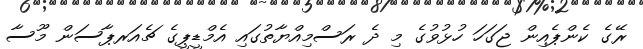
ރޭގެ ކެންޕެއިން ޖަގަހަ ހުޅުވުގެ މި ދެ ރަސްމިއްޔާތުގައި އެމްޑީޕީގެ ޗެއަރޕާސަން މޫސާ